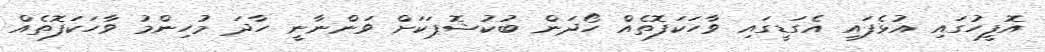
އޮފީހުގައި އުޅެފައި އެގަޑީގައި ވާހަކަފޮތެއް ހޯދަން ބުކުޝޮޕަކަށް ވަންނާނީ ހާދަ މުހިންމު ވާހަކަފޮތެއް